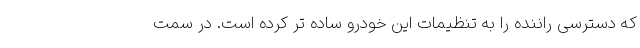
که دسترسی راننده را به تنظیمات این خودرو ساده تر کرده است. در سمت